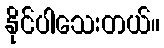
နိုင်ပါသေးတယ်။